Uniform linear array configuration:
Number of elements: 8
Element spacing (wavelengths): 0.25
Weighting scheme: cosine
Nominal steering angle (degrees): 60
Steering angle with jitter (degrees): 58.46
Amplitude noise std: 0.05
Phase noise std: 0.05

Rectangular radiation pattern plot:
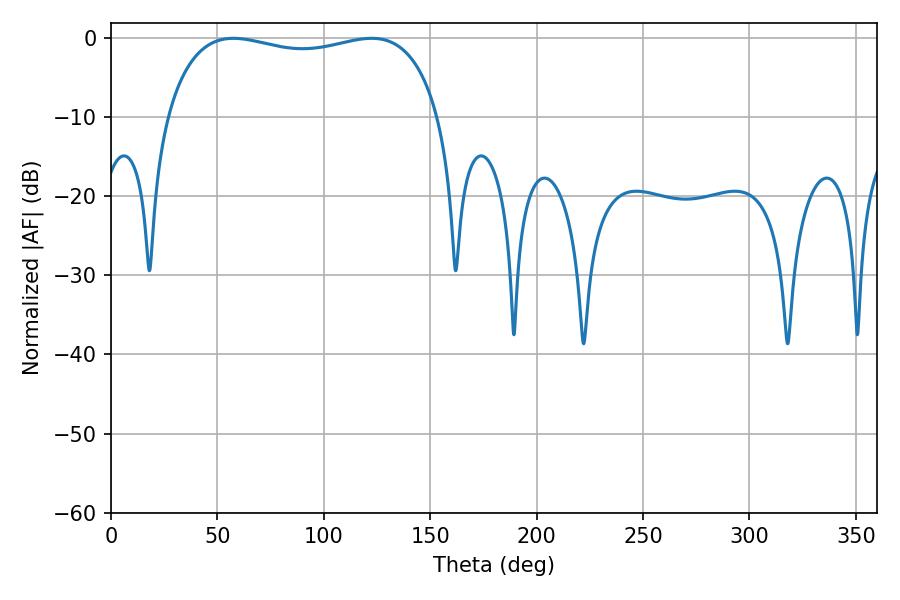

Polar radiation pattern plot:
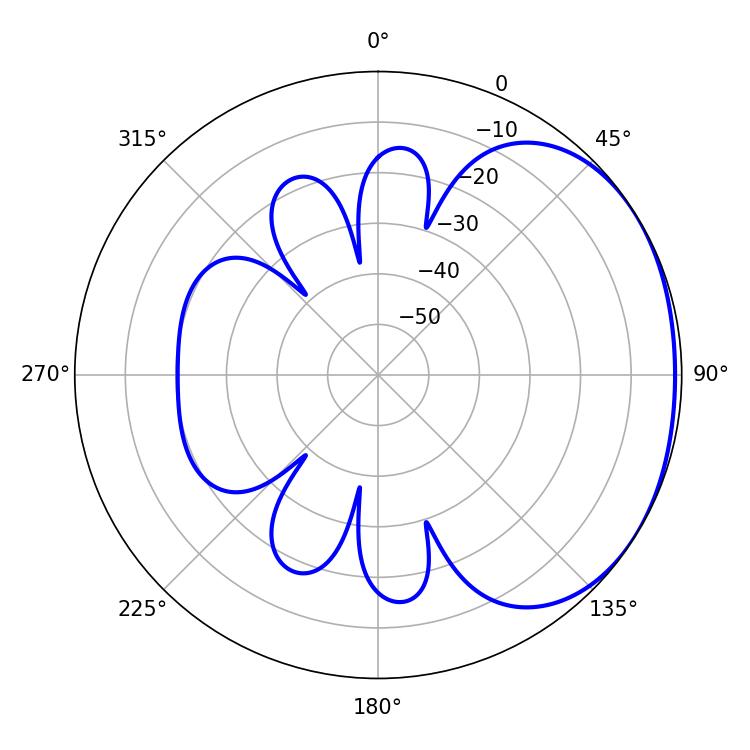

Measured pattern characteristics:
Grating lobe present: FALSE
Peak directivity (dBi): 1.569
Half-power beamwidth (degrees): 104.4
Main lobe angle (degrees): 57.6